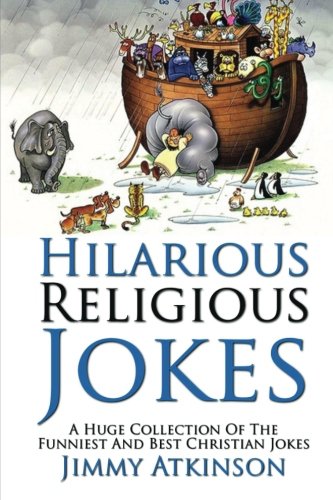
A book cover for Hilarious Religious Jokes: A Huge Collection Of The Funniest Christian Jokes; Jimmy Atkinson; Humor & Entertainment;